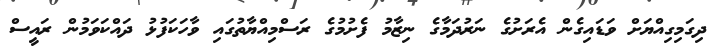
ދިގަމިގިއްޔަށް ވަޑައިގެން އެރަށުގެ ނަރުދަމާގެ ނިޒާމު ފެށުމުގެ ރަސްމިއްޔާތުގައި ވާހަކަފުޅު ދައްކަވަމުން ރައީސް